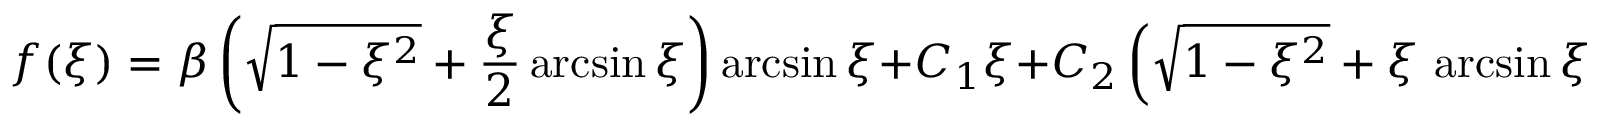
f ( \xi ) = \beta \left( \sqrt { 1 - \xi ^ { 2 } } + { \frac { \xi } { 2 } } \arcsin \xi \right) \arcsin \xi + C _ { 1 } \xi + C _ { 2 } \left( \sqrt { 1 - \xi ^ { 2 } } + \xi \, \arcsin \xi \right) \ .